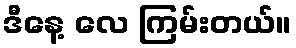
ဒီနေ့ လေ ကြမ်းတယ်။